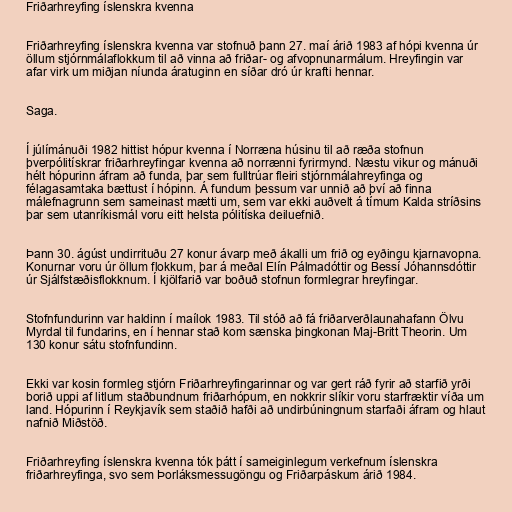
Friðarhreyfing íslenskra kvenna

Friðarhreyfing íslenskra kvenna var stofnuð þann 27. maí árið 1983 af hópi kvenna úr
öllum stjórnmálaflokkum til að vinna að friðar- og afvopnunarmálum. Hreyfingin var
afar virk um miðjan níunda áratuginn en síðar dró úr krafti hennar.

Saga.

Í júlímánuði 1982 hittist hópur kvenna í Norræna húsinu til að ræða stofnun
þverpólitískrar friðarhreyfingar kvenna að norrænni fyrirmynd. Næstu vikur og mánuði
hélt hópurinn áfram að funda, þar sem fulltrúar fleiri stjórnmálahreyfinga og
félagasamtaka bættust í hópinn. Á fundum þessum var unnið að því að finna
málefnagrunn sem sameinast mætti um, sem var ekki auðvelt á tímum Kalda stríðsins
þar sem utanríkismál voru eitt helsta pólitíska deiluefnið.

Þann 30. ágúst undirrituðu 27 konur ávarp með ákalli um frið og eyðingu kjarnavopna.
Konurnar voru úr öllum flokkum, þar á meðal Elín Pálmadóttir og Bessí Jóhannsdóttir
úr Sjálfstæðisflokknum. Í kjölfarið var boðuð stofnun formlegrar hreyfingar.

Stofnfundurinn var haldinn í maílok 1983. Til stóð að fá friðarverðlaunahafann Ölvu
Myrdal til fundarins, en í hennar stað kom sænska þingkonan Maj-Britt Theorin. Um
130 konur sátu stofnfundinn.

Ekki var kosin formleg stjórn Friðarhreyfingarinnar og var gert ráð fyrir að starfið yrði
borið uppi af litlum staðbundnum friðarhópum, en nokkrir slíkir voru starfræktir víða um
land. Hópurinn í Reykjavík sem staðið hafði að undirbúningnum starfaði áfram og hlaut
nafnið Miðstöð.

Friðarhreyfing íslenskra kvenna tók þátt í sameiginlegum verkefnum íslenskra
friðarhreyfinga, svo sem Þorláksmessugöngu og Friðarpáskum árið 1984.